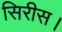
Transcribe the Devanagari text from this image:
सिरीस।